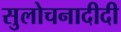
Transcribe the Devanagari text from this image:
सुलोचनादीदी